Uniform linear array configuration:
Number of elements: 12
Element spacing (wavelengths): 1
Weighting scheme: exponential
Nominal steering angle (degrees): -45
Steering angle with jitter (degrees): -44.711
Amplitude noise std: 0.05
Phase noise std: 0.05

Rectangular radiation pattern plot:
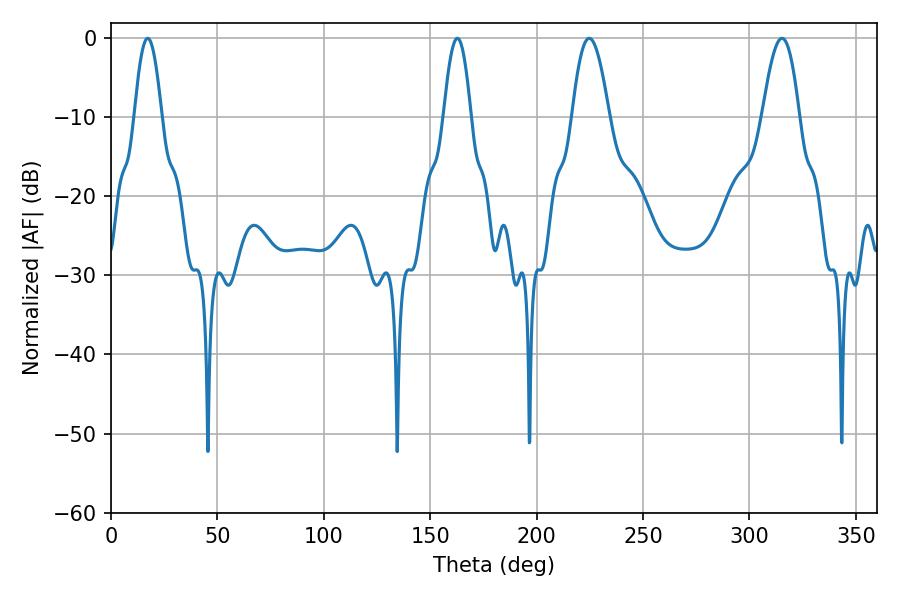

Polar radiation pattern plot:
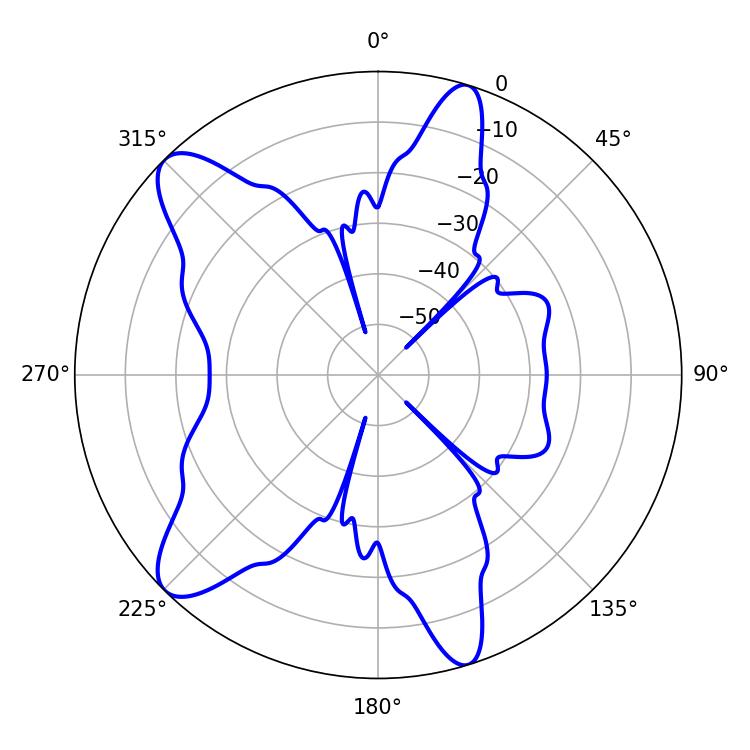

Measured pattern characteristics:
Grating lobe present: TRUE
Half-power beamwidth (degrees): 6.84
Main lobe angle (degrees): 17.28